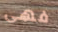
فهى